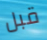
قبل